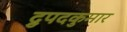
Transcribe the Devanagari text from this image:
द्रुपदकुमार